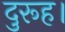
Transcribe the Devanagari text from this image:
दुरूह।